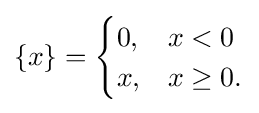
\{x\}={\begin{cases}0,&x<0\\x,&x\geq 0.\end{cases}}